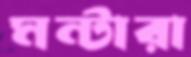
মন্টারা